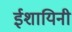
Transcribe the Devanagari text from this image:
ईशायिनी